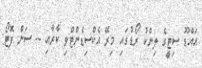
އައްޑޫ ސިޓީގެ ލިންކު ރޯޑުގައި މިރޭ އެކްސިޑެންޓްވި ކާރާއި -- ސަން ފޮޓޯ: